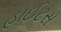
હાઈટસ